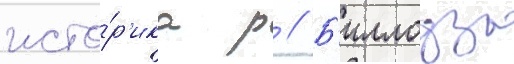
исто́р'ика р // Б'иллоуза